Civil Veterinary Department. Madras. Admin. report 1926-33 - 1926-1933
Year: 1926
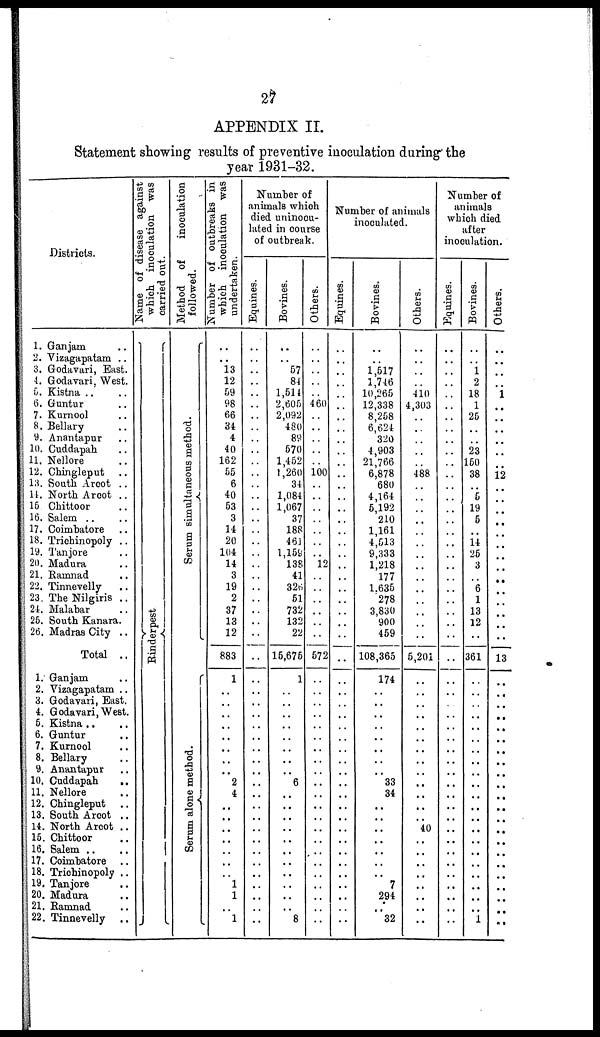
27
APPENDIX II.
Statement showing results of preventive inoculation during the
year 1931-32.
Districts.
1. Ganjam ..
2. Vizagapatam ..
3. Godavari, East.
4. Godavari, West.
5. Kistna .. ..
6. Guntur ..
7. Kurnool ..
8. Bellary ..
9. Anantapur ..
10. Cuddapah ..
11. Nellore ..
12. Chingleput ..
13. South Arcot ..
14. North Arcot ..
15 Chittoor ..
16. Salem ..
17. Coimbatore ..
18. Triehinopoly ..
19. Tanjore ..
20. Madura ..
21. Ramnad ..
22. Tinnevelly
..
23. The Nilgiris ..
24. Malabar ..
25. South Kanara.
26. Madras City ..
Total ..
1. Ganjam ..
2. Vizagapatam ..
3. Godavari, Bast.
4. Godavari, West.
5. Kistna .. ..
6. Guntur
..
7. Kurnool ..
8. Bellary ..
9. Anantapur ..
10. Cuddapah
..
11. Nellore ..
12. Chingleput ..
13. South Arcot ..
14. North Arcot ..
15. Chittoor ..
16. Salem ..
17. Coimbatore ..
18. Triehinopoly ..
19. Tanjore ..
20. Madura ..
21. Ramnad ..
22. Tinnevelly
..
Name of disease against
which inoculation was
carried out.
Ri nder pes t
Method of
inoculation
followed.
Se r
um s i
mul t
a ne ous me t
hod.
Serum alone method.
Number of outbreaks in
which inoculation was
undertaken.
..
13
12
59
98
66
34
4
40
162
55
6
40
53
3
14
20
104
14
3
19
2
37
13
12
883
1
..
..
..
..
..
..
..
..
2
4
..
..
..
..
..
..
..
1
1
..
1
Number of
animals which
died uninocu-
lated in course
of outbreak.
Equines.
..
..
..
..
..
..
..
..
..
..
..
..
..
..
..
..
..
..
..
..
..
..
..
..
..
..
..
..
..
..
..
..
..
..
..
..
..
..
..
..
..
..
..
..
..
..
..
..
..
Bovines.
..
57
84
1,514
2,605
2,092
480
89
570
1,452
1,260
34
1,084
1,067
37
188
461
1,159
138
41
326
51
732
132
22
15,675
1
..
..
..
..
..
..
..
..
6
..
..
..
..
..
..
..
..
..
..
..
8
Others.
..
..
..
..
460
..
..
..
..
..
100
..
..
..
..
..
..
..
12
..
..
..
..
..
..
572
..
..
..
..
..
..
..
..
..
..
..
..
..
..
..
..
..
..
..
..
..
..
Number of animals
inoculated.
Equines.
..
..
..
..
..
..
..
..
..
..
..
..
..
..
..
..
..
..
..
..
..
..
..
..
..
..
..
..
..
..
..
..
..
..
..
..
..
..
..
..
..
..
..
..
..
..
..
..
..
Bovines.
..
..
1,517
1,746
10,265
12,338
8,258
6,624
320
4,903
21,766
6,878
680
4,164
5,192
210
1,161
4,513
9,333
1,218
177
1.635
278
3,830
900
459
108,365
174
..
..
..
..
..
..
..
..
33
34
..
..
..
..
..
..
..
7
294
..
32
Others.
..
..
..
..
410
4,303
..
..
..
..
..
488
..
..
..
..
..
..
..
..
..
..
..
..
..
..
5,201
..
..
..
..
..
..
..
..
..
..
..
..
..
40
..
..
..
..
..
..
..
..
Number of
animals
which died
after
inoculation.
Equines.
..
..
..
..
..
..
..
..
..
..
..
..
..
..
..
..
..
..
..
..
..
..
..
..
..
..
..
..
..
..
..
..
..
..
..
..
..
..
..
..
..
..
..
..
..
..
..
..
..
Bovines.
..
..
1
2
18
1
25
..
..
23
150
38
..
5
19
5
..
14
25
3
..
6
1
13
12
..
361
..
..
..
..
..
..
..
..
..
..
..
..
..
..
..
..
..
..
..
..
..
1
Others.
..
..
..
..
1
..
..
..
..
..
..
12
..
..
..
..
..
..
..
..
..
..
..
..
..
..
13
..
..
..
..
..
..
..
..
..
..
..
..
..
..
..
..
..
..
..
..
..
..